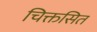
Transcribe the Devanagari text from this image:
चिक्तसित